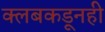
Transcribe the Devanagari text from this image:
क्लबकडूनही